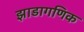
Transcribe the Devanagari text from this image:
झाडागणिक